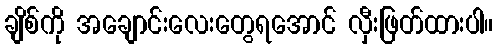
ချိစ်ကို အချောင်းလေးတွေရအောင် လှီးဖြတ်ထားပါ။